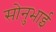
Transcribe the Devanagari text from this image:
सोनुभाई